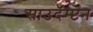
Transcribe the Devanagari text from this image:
साउदॅम्प्टन